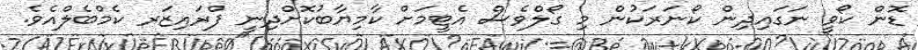
ޑޮން ކޯވީ ނަގައިދިން ކޯނަރަކުން މި ގޯލްވެސް އެޓީމަށް ކާމިޔާބުކޮށްދިނީ ފްރައިޒަރ ކެމްބެލްއެވެ.